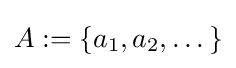
A:=\{a_{1},a_{2},\dots \}